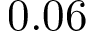
0 . 0 6